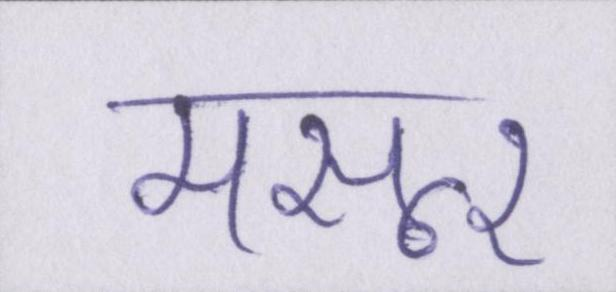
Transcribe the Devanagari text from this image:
मसूर